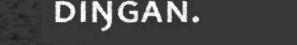
diŋgan.